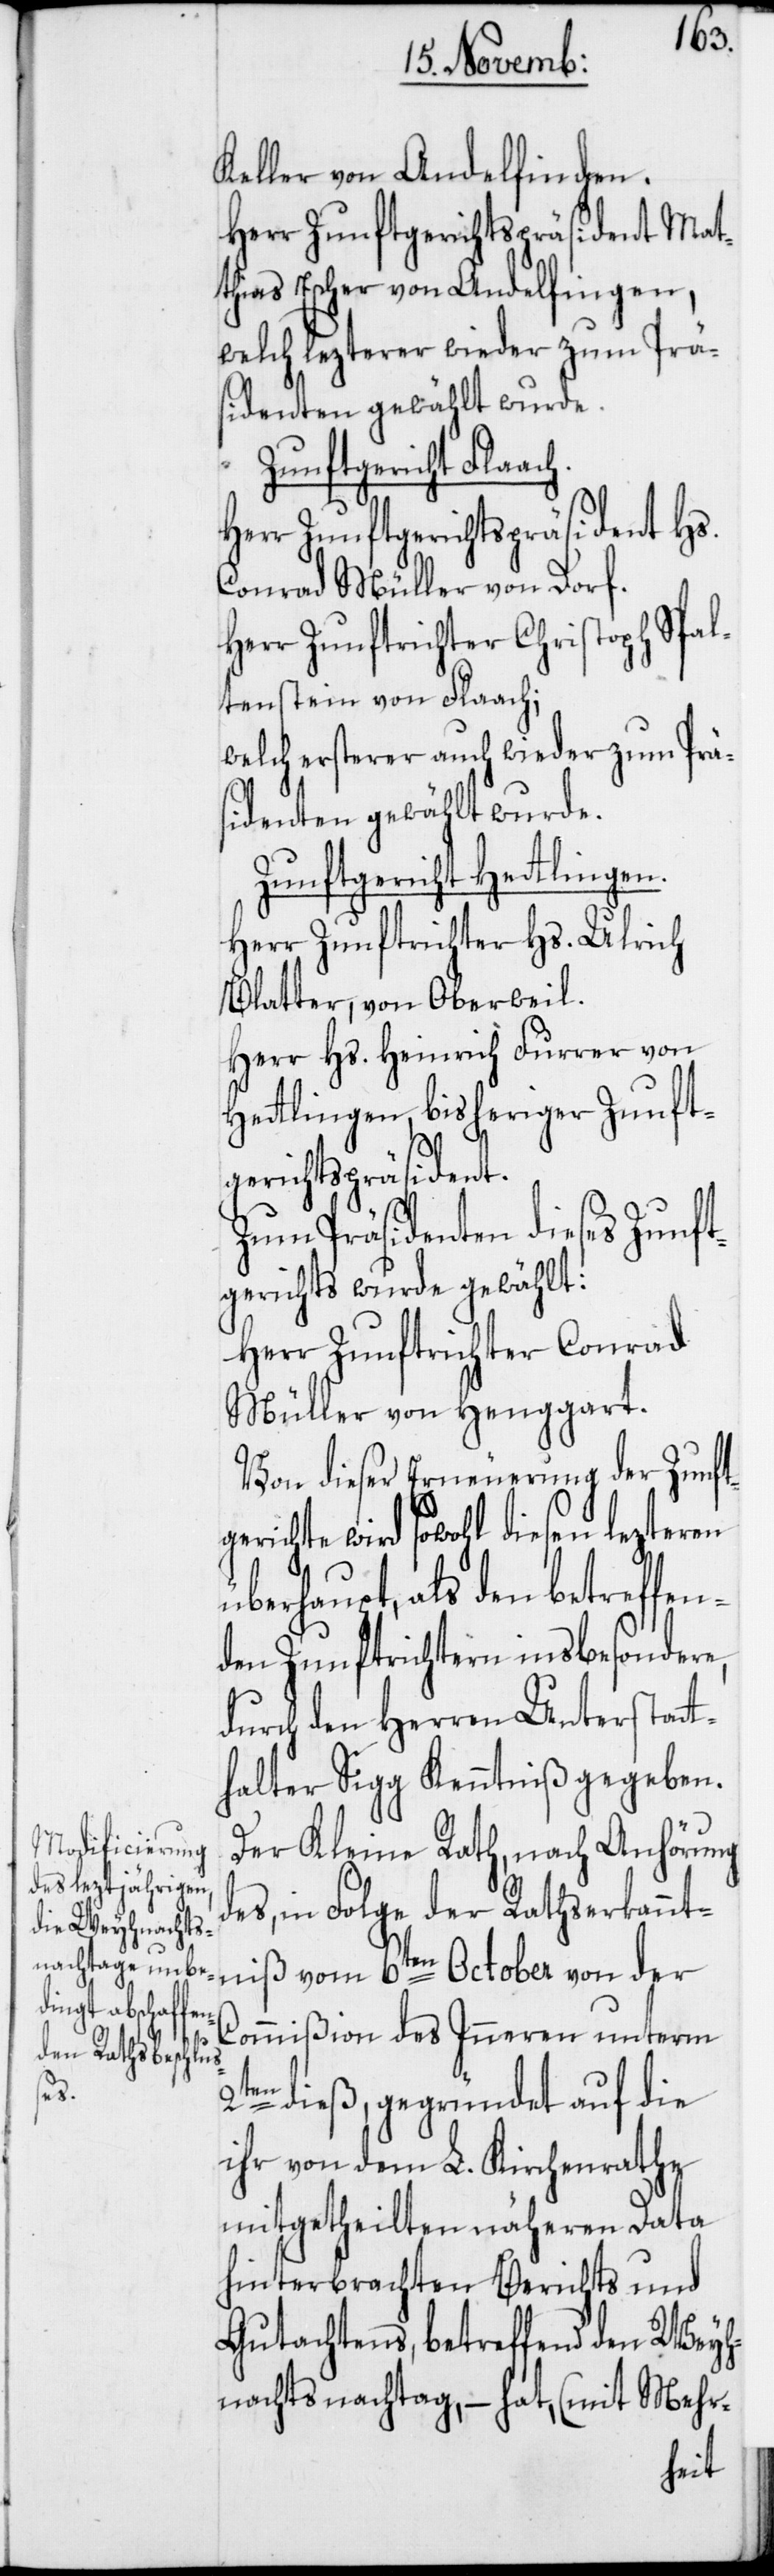
Keller von Andelfingen.
Herr Zunftgerichtspräsident Mat¬
thias Escher von Andelfingen,
welch lezterer wieder zum Prä¬
sidenten gewählt wurde.
Zunftgericht Fla¬
Herr Zunftgerichtspräsident Hs.
Conrad Müller von Dorf.
Herr Zunftrichter Christoph Spal¬
tenstein von Flaach;
welch ersterer auch wieder zum Prä¬
sidenten gewählt wurde.
Zunftgericht Hettlingen.
Herr Zunftrichter Hs. Ulrich
Blatter, von Oberweil.
Herr Hs. Heinrich Furrer von
Hettlingen, bisheriger Zunft¬
gerichtspräsident.
Zum Präsidenten dieses Zunft¬
gerichts wurde gewählt:
Herr Zunftrichter Conrad
Müller von Henggart.
Von dieser Erneuerung der Zun¬
erichte wird sowohl diesen lezteren
überhaupt, als den betreffen¬
den Zunftrichtern insbesondere,
durch den Herren Unterstat¬
thalter Sigg Kenntniß gegeben.
Der Kleine Rath, nach Anhörung
des, in Folge der Rathserkannt¬
niß vom 6ten October von der
Commißion des Inneren unterm
ftg¬
2ten dieß, gegründet auf die
ihr von dem L. Kirchenrathe
mitgetheilten näheren Data
hinterbrachten Berichts und
Gutachtens, betreffend den Weyh¬
nachtsnachtag, – hat, (mit Mehr-